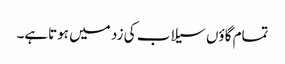
تمام گاؤں سیلاب کی زد میں ہوتاہے۔